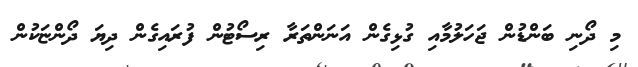
މި ދޯނި ބަންޑުން ޖަހަލުމާއި ގުޅިގެން އަނަންތަރާ ރިސޯޓުން ފުރައިގެން ދިޔަ ދޯންޏަކުން